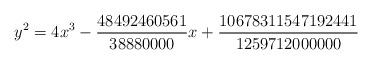
LaTeX: \begin{align*}y^2=4x^3-\frac{48492460561}{38880000}x +\frac{10678311547192441}{1259712000000}\end{align*}